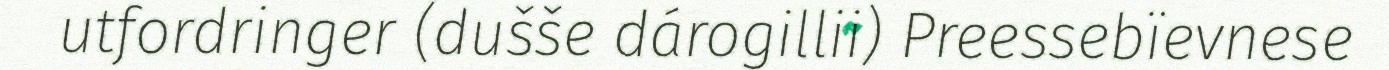
utfordringer (dušše dárogillii) Preessebïevnese